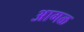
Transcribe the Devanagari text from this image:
अागळ